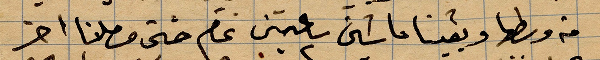
من وسطها وبقينا ماشين ساعتين ... حتى وصلنا اخر